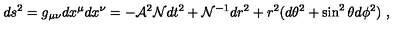
d s ^ { 2 } = g _ { \mu \nu } d x ^ { \mu } d x ^ { \nu } = - { \cal A } ^ { 2 } { \cal N } d t ^ { 2 } + { \cal N } ^ { - 1 } d r ^ { 2 } + r ^ { 2 } ( d \theta ^ { 2 } + \sin ^ { 2 } \theta d \phi ^ { 2 } ) \ ,